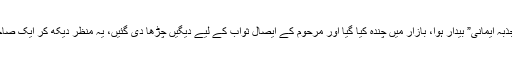
اب “اہل ایمان” کا “جذبہ ایمانی” بیدار ہوا، بازار میں چندہ کیا گیا اور مرحوم کے ایصال ثواب کے لیے دیگیں چڑھا دی گئیں، یہ منظر دیکھ کر ایک صاحب نے کہا “ظالمو!